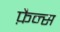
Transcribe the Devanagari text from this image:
फ़ैन्स